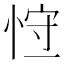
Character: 𢚍